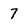
Character: 7